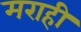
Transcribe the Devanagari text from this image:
मराही